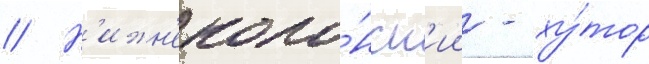
// Н'ижн'еколо́нск'ии - ху́тор